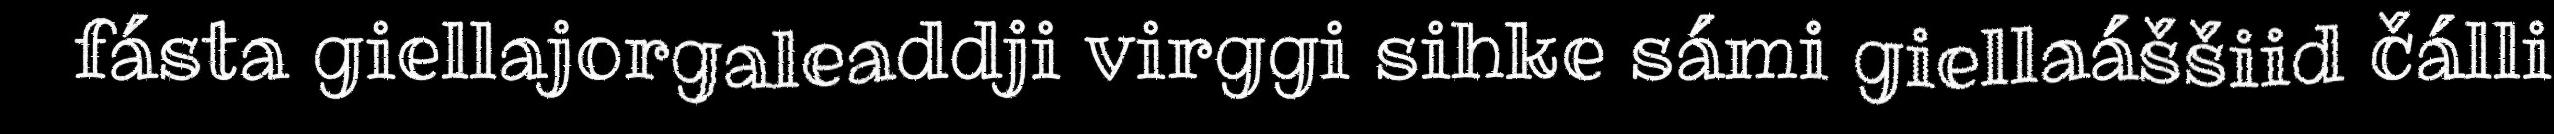
fásta giellajorgaleaddji virggi sihke sámi giellaáššiid čálli